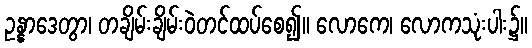
ဥန္နာဒေတွာ၊ တချိမ်းချိမ်းဝဲတင်ထပ်စေ၍။ လောကေ၊ လောကသုံးပါး၌။